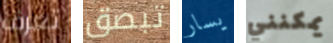
تعرف تبصق يسار يمكنني